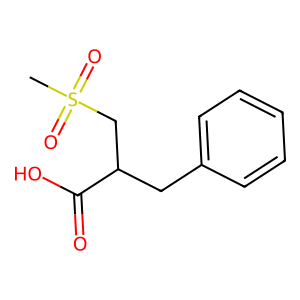
SMILES: CS(=O)(=O)CC(Cc1ccccc1)C(=O)O
Inhibits HIV replication: No